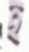
হ